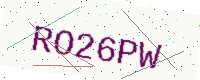
Text: RO26PW